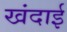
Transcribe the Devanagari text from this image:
खंदाई